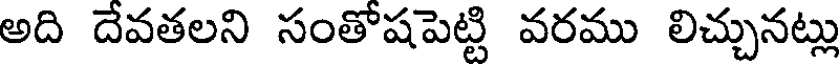
అది దేవతలని సంతోషపెట్టి వరము లిచ్చునట్లు